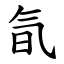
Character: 氜